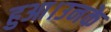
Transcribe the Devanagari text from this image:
हुआ।उनके